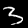
Digit: 3